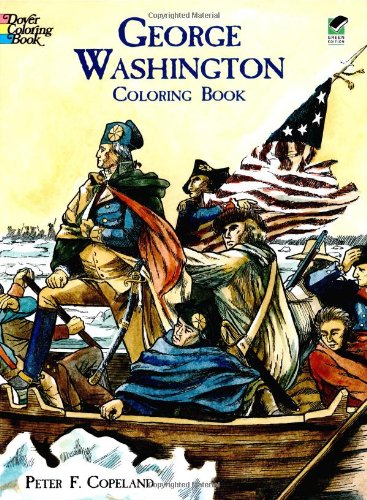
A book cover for George Washington Coloring Book (Dover History Coloring Book); Peter F. Copeland; Children's Books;